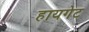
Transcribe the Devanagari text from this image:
हायगेट